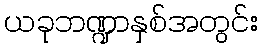
ယခုဘဏ္ဍာနှစ်အတွင်း